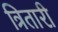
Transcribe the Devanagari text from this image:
त्रितारी